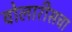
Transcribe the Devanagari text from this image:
वोलारीसचा